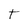
Character: T